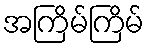
အကြိမ်ကြိမ်